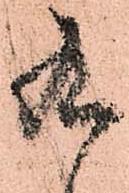
九